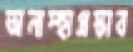
অনাস্হাপ্রস্তাব